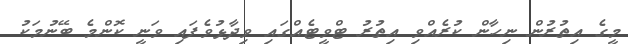
މީގެ އިތުރުން ނިހާން ކުރެއްވި އިތުރު ޓްވީޓެއްގައި ވިދާޅުވެފައި ވަނީ ކޮންމެ ބޭނުމަކު